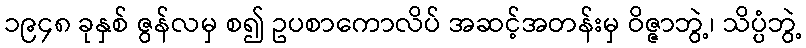
၁၉၄၈ ခုနှစ် ဇွန်လမှ စ၍ ဥပစာကောလိပ် အဆင့်အတန်းမှ ဝိဇ္ဇာဘွဲ့၊ သိပ္ပံဘွဲ့